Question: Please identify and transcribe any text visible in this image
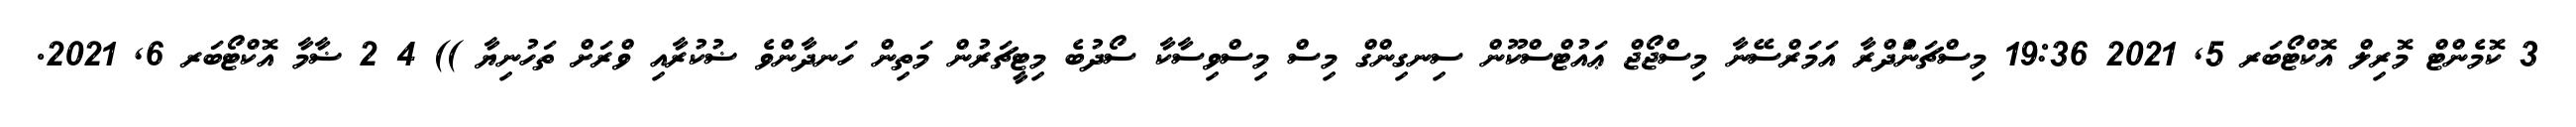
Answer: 3 ކޮމެންޓް މޮރިލް އޮކްޓޯބަރ 5, 2021 19:36 މިސްޗަނަްދްރާ އަމަރްސޭނާ މިސްޖޯޖް ޢައުޓްސްކޫން ސިނގިންގް މިސް މިސްވިސާކާ ސޯދުބެ މިޓީޗަރުން މަތިން ހަނދާންވެ ޟުކުރާއި ވްރަށް ތަހުނިޔާ )) 4 2 ޟާމާ އޮކްޓޯބަރ 6, 2021.